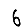
Digit: 6